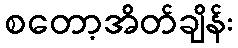
စတော့အိတ်ချိန်း